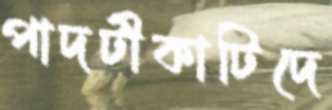
পাদটীকাটিদে